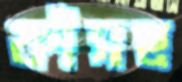
ফাঁসছ